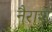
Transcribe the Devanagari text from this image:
नैराश